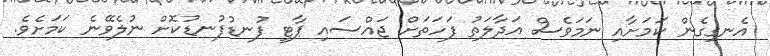
އެނގިގެން ކަމަށާއި ނަމަވެސް އަދާލަތު ފަހަތަށް ޖައްސައި ޕާޓީ ފުނޑުފުނޑުކޮށް ނުލެވޭނެ ކަމަށެވެ.